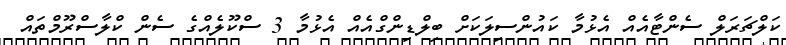
ކަލްޗަރަލް ސެންޓާއެއް އެޅުމާ ކައުންސިލަކަށް ބިލްޑިންގްއެއް އެޅުމާ 3 ސްކޫލެއްގެ ސެން ކްލާސްރޫމްތައް